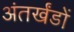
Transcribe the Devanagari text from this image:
अंतर्खंडों